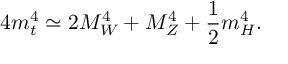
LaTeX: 4 m _ { t } ^ { 4 } \simeq 2 M _ { W } ^ { 4 } + M _ { Z } ^ { 4 } + { \frac { 1 } { 2 } } m _ { H } ^ { 4 } .